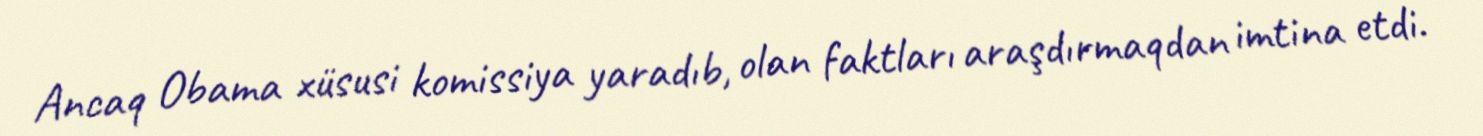
Ancaq Obama xüsusi komissiya yaradıb, olan faktları araşdırmaqdan imtina etdi.